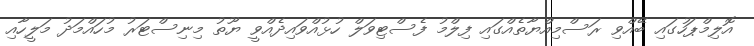
އޮލިމްޕަހުގައި ބޭއްވި ރަސްމިއްޔާތެއްގައި ފިލްމު ފެސްޓިވަލް ހުޅުއްވައިދެއްވީ ޔޫތު މިނިސްޓަރު މުހައްމަދު މަލީހާއި